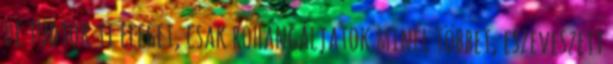
de tudtok ti eleget, csak rohangáljatok minél többet, eszeveszett